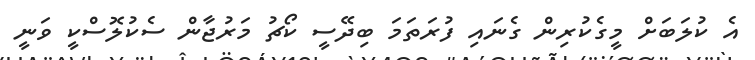
އެ ކުލަބަށް މީގެކުރިން ގެނައި ފުރަތަމަ ބިދޭސީ ކޯޗު މަރުޖާން ސެކުލޮސްކީ ވަނީ